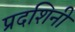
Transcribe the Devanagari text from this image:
प्रदशिनी